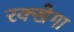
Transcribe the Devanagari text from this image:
रक्खेगा